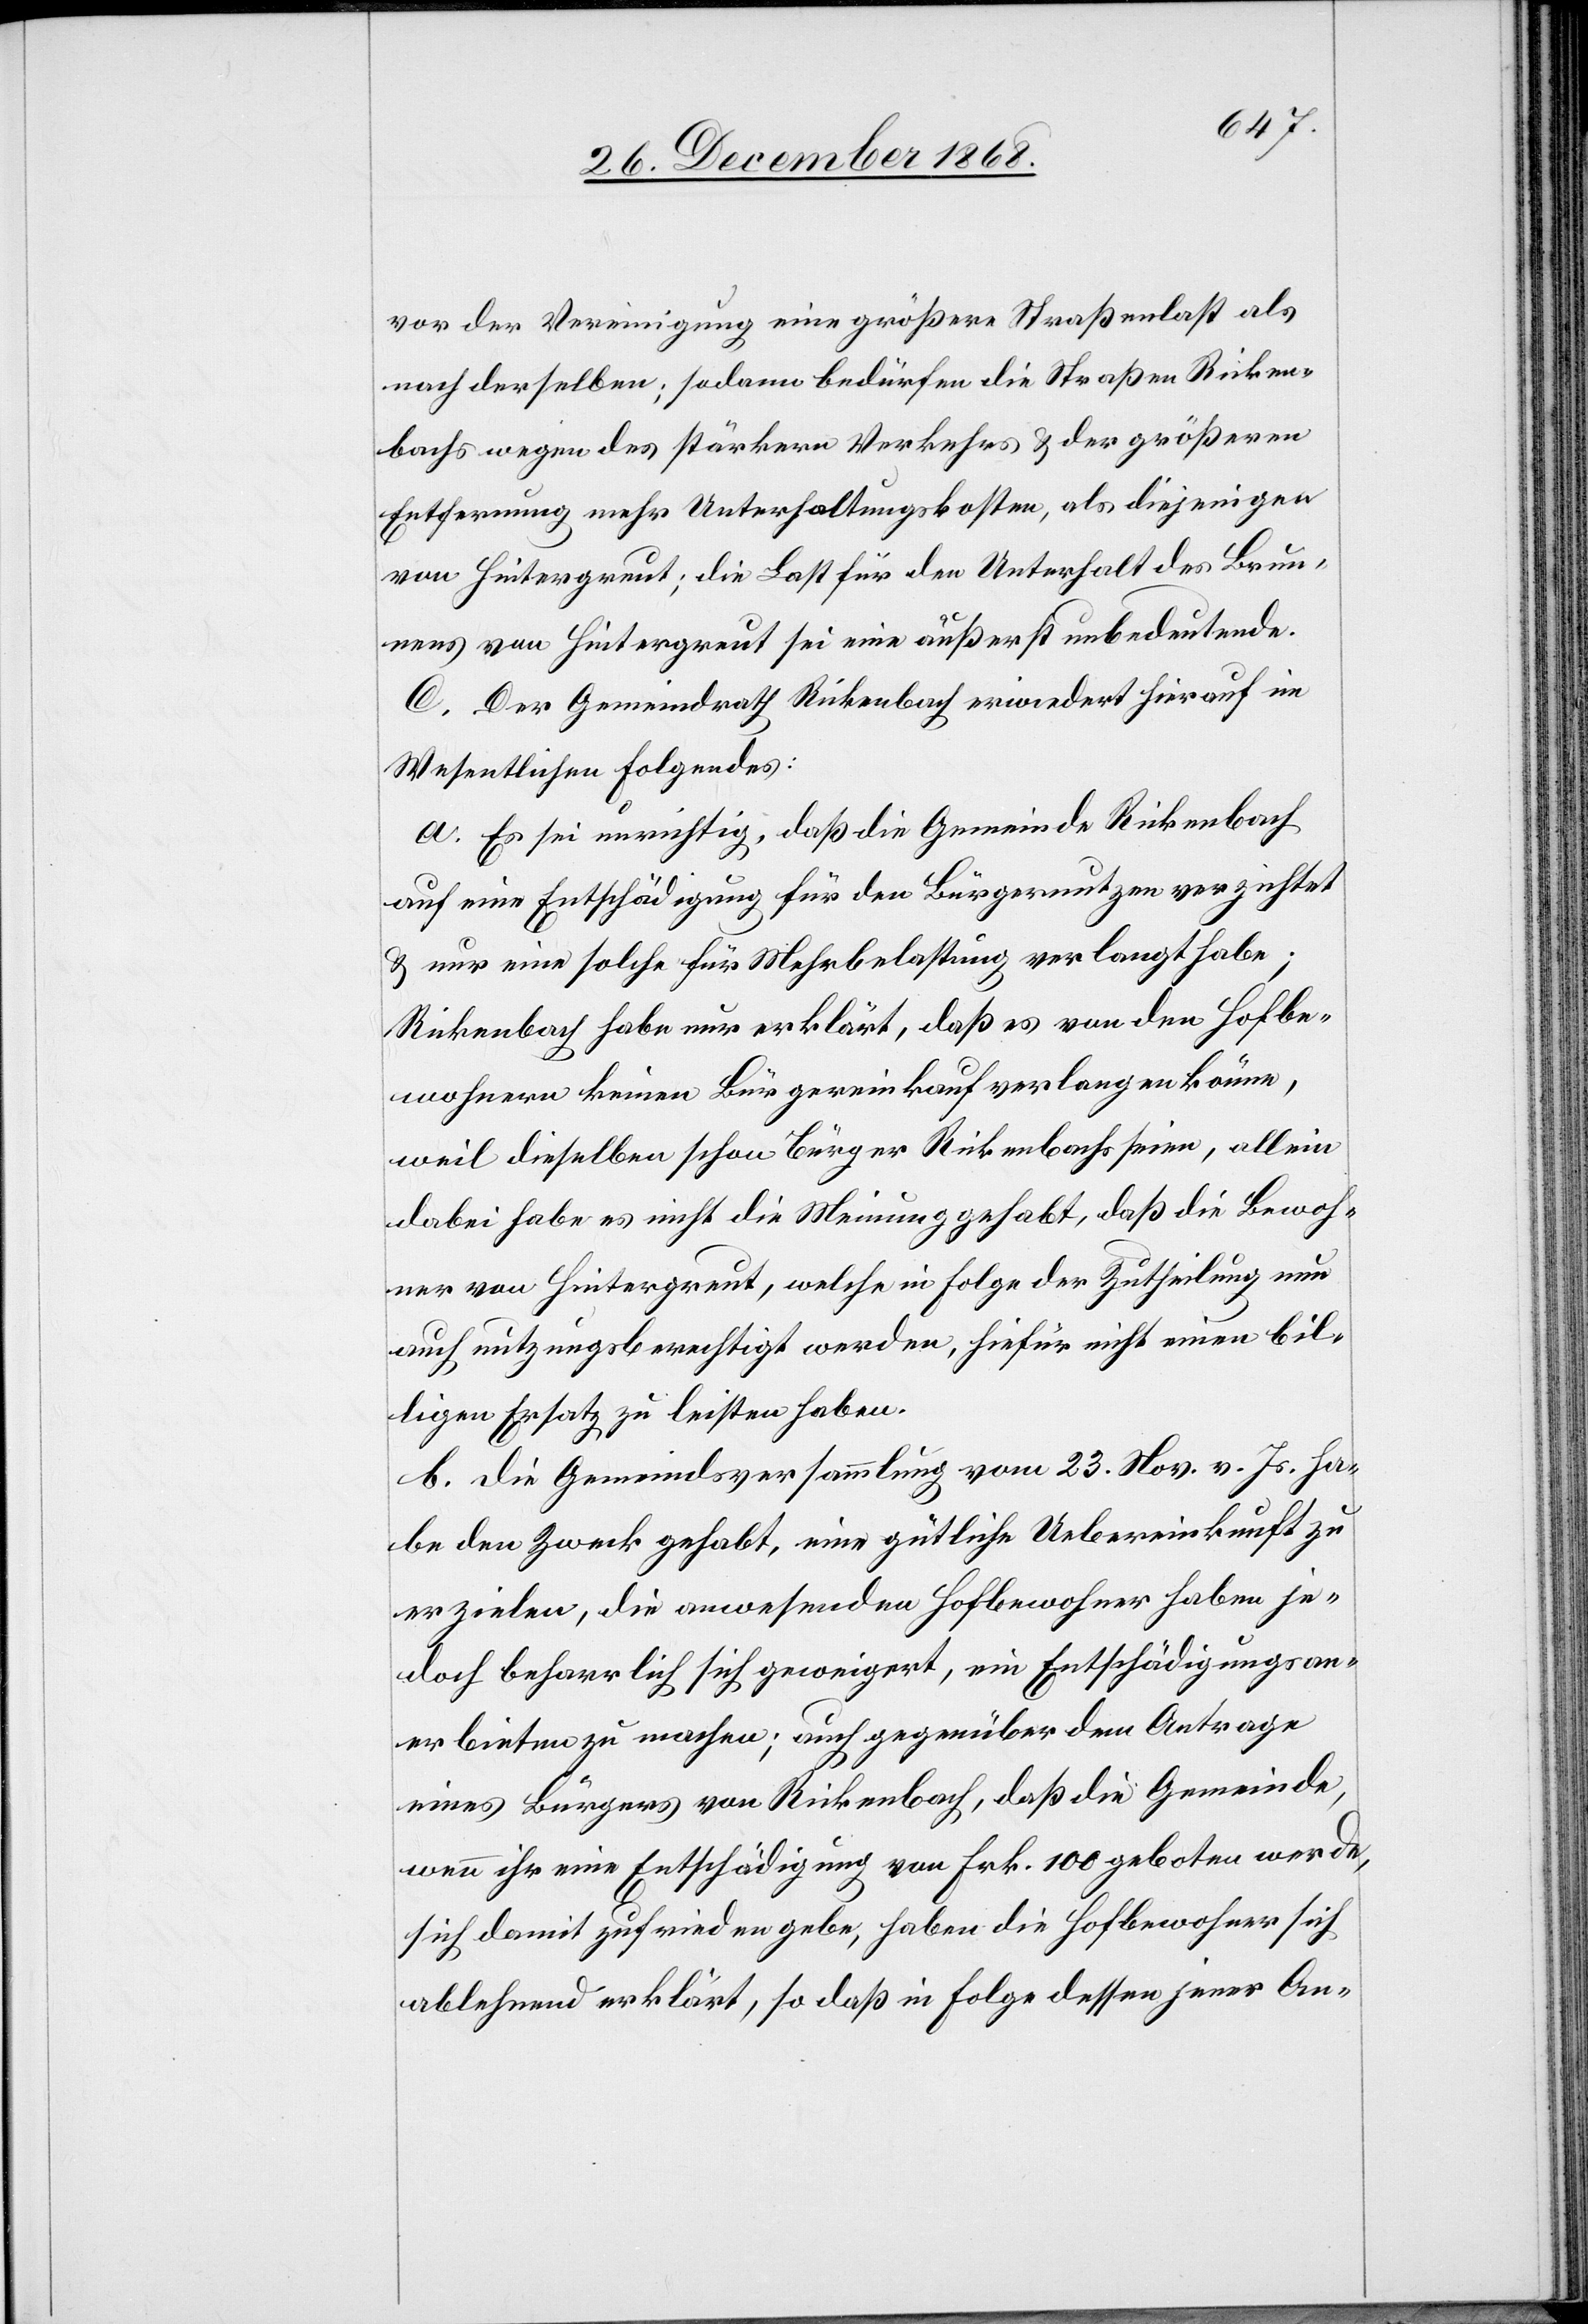
vor der Vereinigung eine größere Straßenlast als
nach derselben; sodann bedürfen die Straßen Ricken¬
bachs wegen des stärkern Verkehrs & der größeren
Entfernung mehr Unterhaltungskosten, als diejenigen
von Hintergreut; die Last für den Unterhalt des Brun¬
nens von Hintergreut sei eine äußerst unbedeutende.
C. Der Gemeindrath Rickenbach erwiedert hierauf im
Wesentlichen Folgendes:
a. Es sei unrichtig, daß die Gemeinde Rickenbach
auf eine Entschädigung für den Bürgernutzen verzichtet
& nur eine solche für Mehrbelastung verlangt habe;
Rickenbach habe nur erklärt, daß es von den Hofbe¬
wohnern keinen Bürgereinkauf verlangen könne,
weil dieselben schon Bürger Rickenbachs seien, allein
dabei habe es nicht die Meinung gehabt, daß die Bewoh¬
ner von Hintergreut, welche in Folge der Zutheilung neu
auch nutzungsberechtigt werden, hiefür nicht einen bil¬
ligen Ersatz zu leisten haben.
b. Die Gemeindsversammlung vom 23. Nov. v. Js. ha¬
be den Zweck gehabt, eine gütliche Uebereinkunft zu
erzielen, die anwesenden Hofbewohner haben je¬
doch beharrlich sich geweigert, ein Entschädigungsan¬
erbieten zu machen; auch gegenüber dem Antrage
eines Bürgers von Rickenbach, daß die Gemeinde,
wenn ihr eine Entschädigung von Frk. 100 geboten werde,
sich damit zufrieden gebe, haben die Hofbewohner sich
ablehnend erklärt, so daß in Folge dessen jener An-